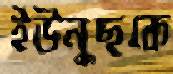
ইউনুছকে